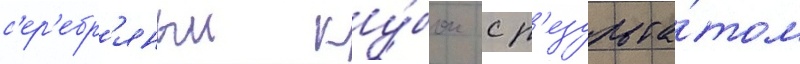
с'ер'ебр'яныи ку́бок с р'езульта́том